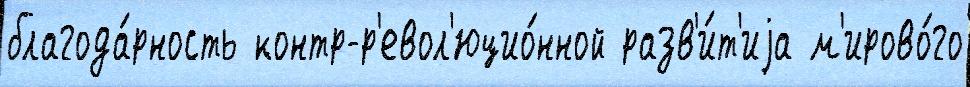
благода́рность контр-р'евол'юцио́нной разв'и́т'иjа м'ирово́го